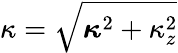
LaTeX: \kappa=\sqrt{\boldsymbol{\kappa}^{2}+\kappa_{z}^{2}}